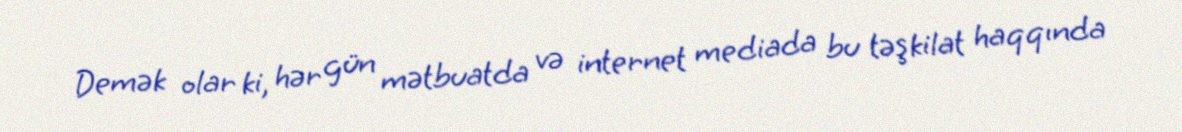
Demək olar ki, hər gün mətbuatda və internet mediada bu təşkilat haqqında